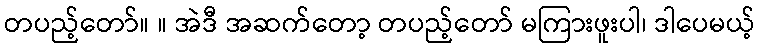
တပည့်တော်။ ။ အဲဒီ အဆက်တော့ တပည့်တော် မကြားဖူးပါ၊ ဒါပေမယ့်